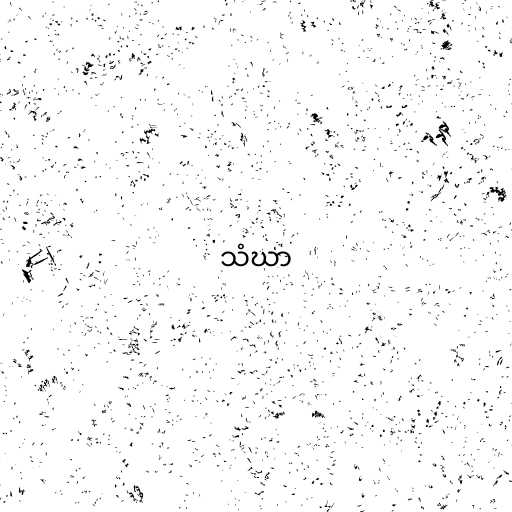
သံဃာ